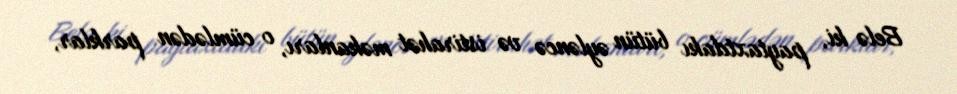
Belə ki, paytaxtdakı bütün əyləncə və istirahət məkanları, o cümlədən parklar,